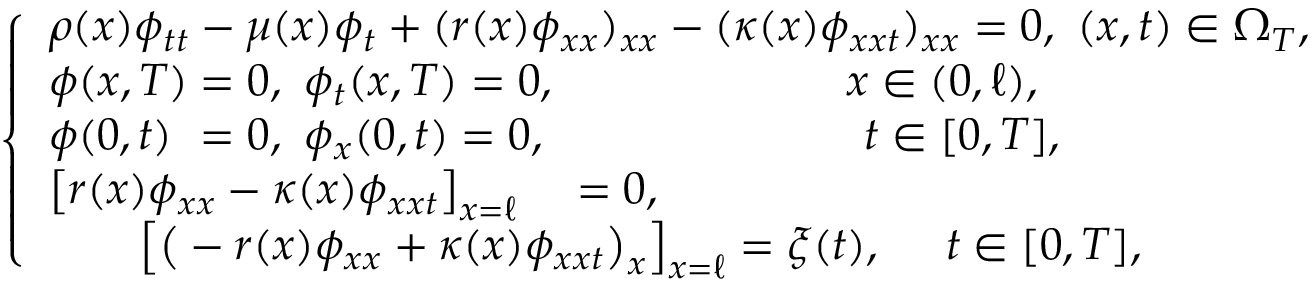
\begin{array} { r } { \left\{ \begin{array} { l c } { \rho ( x ) \phi _ { t t } - \mu ( x ) \phi _ { t } + ( r ( x ) \phi _ { x x } ) _ { x x } - ( \kappa ( x ) \phi _ { x x t } ) _ { x x } = 0 , ~ ( x , t ) \in \Omega _ { T } , } \\ { \phi ( x , T ) = 0 , ~ \phi _ { t } ( x , T ) = 0 , ~ \qquad \qquad \quad \quad x \in ( 0 , \ell ) , } \\ { \phi ( 0 , t ) \ = 0 , ~ \phi _ { x } ( 0 , t ) = 0 , ~ \qquad \quad \quad \; \ \qquad t \in [ 0 , T ] , } \\ { \left[ r ( x ) \phi _ { x x } - \kappa ( x ) \phi _ { x x t } \right] _ { x = \ell } \quad = 0 , } \\ { \qquad \left[ \big ( - r ( x ) \phi _ { x x } + \kappa ( x ) \phi _ { x x t } \big ) _ { x } \right] _ { x = \ell } = \xi ( t ) , ~ \quad t \in [ 0 , T ] , } \end{array} \right. } \end{array}